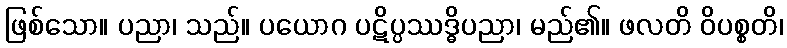
ဖြစ်သော။ ပညာ၊ သည်။ ပယောဂ ပဋိပ္ပဿဒ္ဓိပညာ၊ မည်၏။ ဖလတိ ဝိပစ္စတိ၊